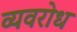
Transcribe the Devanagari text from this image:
व्यवरोध